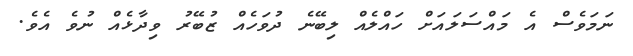
ނަމަވެސް އެ މައްސަލައަށް ހައްލެއް ލިބޭނެ ދުވަހެއް ޒުބޭރު ވިދާޅެއް ނުވެ އެވެ.